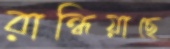
রান্ধিয়াছে